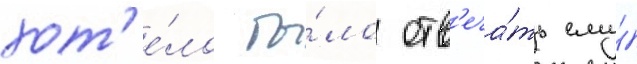
хот'е́ло бы́ло отв'еча́ть ему́